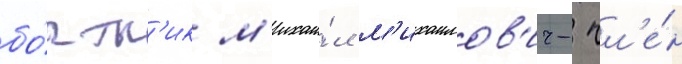
бо́ртн'ик м'ихаи́л м'ихаилов'ич- чл'е́н